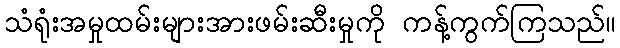
သံရုံးအမှုထမ်းများအားဖမ်းဆီးမှုကို ကန့်ကွက်ကြသည်။